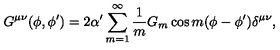
G ^ { \mu \nu } ( \phi , \phi ^ { \prime } ) = 2 \alpha ^ { \prime } \sum _ { m = 1 } ^ { \infty } \frac { 1 } { m } G _ { m } \cos m ( \phi - \phi ^ { \prime } ) \delta ^ { \mu \nu } ,